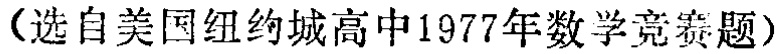
（选自美国纽约城高中1977年数学竞赛题）